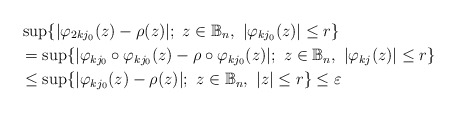
\begin{align*}&\sup\{|\varphi_{2kj_0}(z)-\rho(z)|; \ z\in \mathbb{B}_n, \ |\varphi_{kj_0}(z)|\leq r\}\\&=\sup\{|\varphi_{kj_0}\circ \varphi_{kj_0}(z)-\rho\circ \varphi_{kj_0}(z)|; \ z\in \mathbb{B}_n, \ |\varphi_{kj}(z)|\leq r\}\\&\leq\sup\{|\varphi_{kj_0}(z)-\rho(z)|; \ z\in \mathbb{B}_n, \ |z|\leq r\}\leq\varepsilon\end{align*}